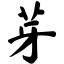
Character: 芽